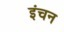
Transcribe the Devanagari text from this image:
इंचन